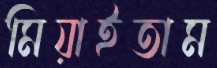
মিয়াইতাম